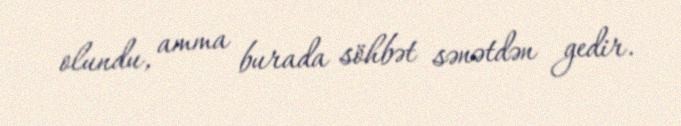
olundu, amma burada söhbət sənətdən gedir.